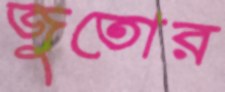
জুতোর